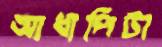
আধাপিটা